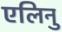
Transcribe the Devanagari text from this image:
एलिनु